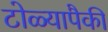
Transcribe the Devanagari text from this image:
टोळ्यापैकी